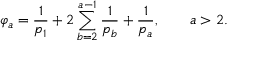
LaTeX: \varphi _ { a } = \frac { 1 } { p _ { 1 } } + 2 \sum _ { b = 2 } ^ { a - 1 } \frac { 1 } { p _ { b } } + \frac { 1 } { p _ { a } } , \qquad a > 2 .